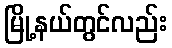
မြို့နယ်တွင်လည်း